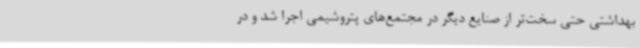
بهداشتی حتی سخت‌تر از صنایع دیگر در مجتمع‌های پتروشیمی اجرا شد و در